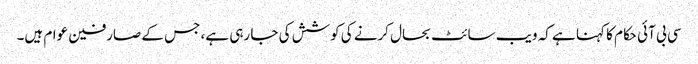
سی بی آئی حکام کا کہنا ہے کہ ویب سائٹ بحال کرنے کی کوشش کی جا رہی ہے، جس کے صارفین عوام ہیں۔